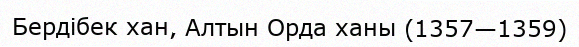
Бердібек хан, Алтын Орда ханы (1357—1359)